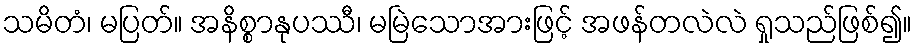
သမိတံ၊ မပြတ်။ အနိစ္စာနုပဿီ၊ မမြဲသောအားဖြင့် အဖန်တလဲလဲ ရှုသည်ဖြစ်၍။